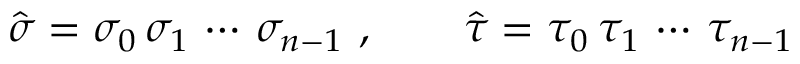
\hat { \sigma } = \sigma _ { 0 } \, \sigma _ { 1 } \, \cdots \, \sigma _ { n - 1 } \ , \qquad \hat { \tau } = \tau _ { 0 } \, \tau _ { 1 } \, \cdots \, \tau _ { n - 1 }